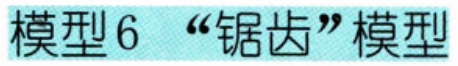
模型6 “锯齿”模型